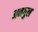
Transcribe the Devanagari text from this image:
अनगुल